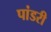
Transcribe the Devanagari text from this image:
पांडरी